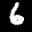
Label: 6